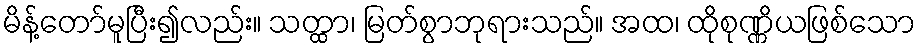
မိန့်တော်မူပြီး၍လည်း။ သတ္ထာ၊ မြတ်စွာဘုရားသည်။ အထ၊ ထိုစုဏ္ဏိယဖြစ်သော